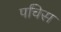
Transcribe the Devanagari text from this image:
पचिस